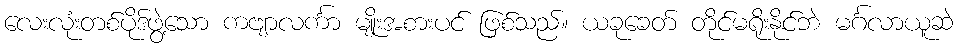
လေးလုံးတစ်ပိုဒ်ဖွဲ့သော ကဗျာလင်္ကာ မျိုးအစားပင် ဖြစ်သည်။ ယခုခေတ် တိုင်မရိုးနိုင်ဘဲ မင်္ဂလာယူဆဲ